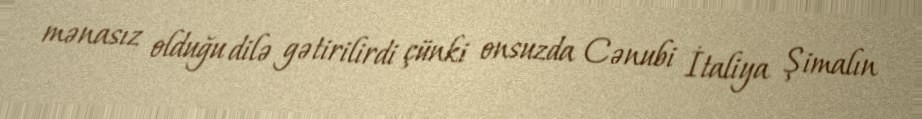
mənasız olduğu dilə gətirilirdi çünki onsuzda Cənubi İtaliya Şimalın